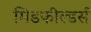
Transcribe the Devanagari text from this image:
मिडफील्‍डर्स